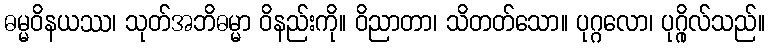
ဓမ္မဝိနယဿ၊ သုတ်အဘိဓမ္မာ ဝိနည်းကို။ ဝိညာတာ၊ သိတတ်သော။ ပုဂ္ဂလော၊ ပုဂ္ဂိုလ်သည်။